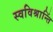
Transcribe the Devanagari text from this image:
स्वविश्रान्तिं